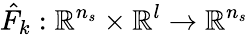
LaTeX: \hat{F}_{k}:\mathbb{R}^{n_{s}}\times\mathbb{R}^{l}\rightarrow\mathbb{R}^{n_{s}}